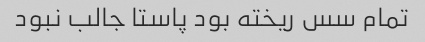
تمام سس ریخته بود پاستا جالب نبود